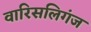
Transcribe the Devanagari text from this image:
वारिसलिगंज